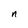
Character: n